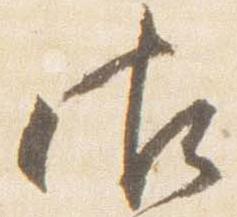
御